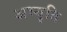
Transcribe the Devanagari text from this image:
अभ्युति